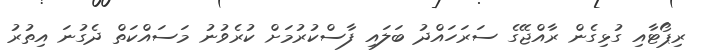
ރިޕޯޓާއި ގުޅިގެން ރާއްޖޭގެ ސަރަހައްދު ބަލައި ފާސްކުރުމަށް ކުރެވުނު މަސައްކަތް ދެގުނަ އިތުރު